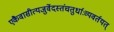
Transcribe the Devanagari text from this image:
एकैवासीत्यजुर्वेदस्तंचतुर्धाःव्यवर्तयत्